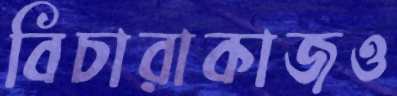
বিচারাকাজও